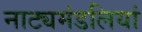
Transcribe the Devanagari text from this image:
नाट्यमंडलियां